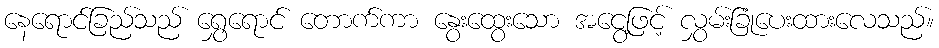
နေရောင်ခြည်သည် ရွှေရောင် တောက်ကာ နွေးထွေးသော အငွေ့ဖြင့် လွှမ်းခြုံပေးထားလေသည်။